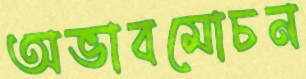
অভাবমোচন